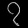
Digit: ၇